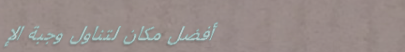
أفضل مكان لتناول وجبة الإ